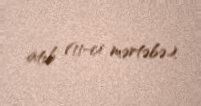
atıb (11-ci mərtəbə).